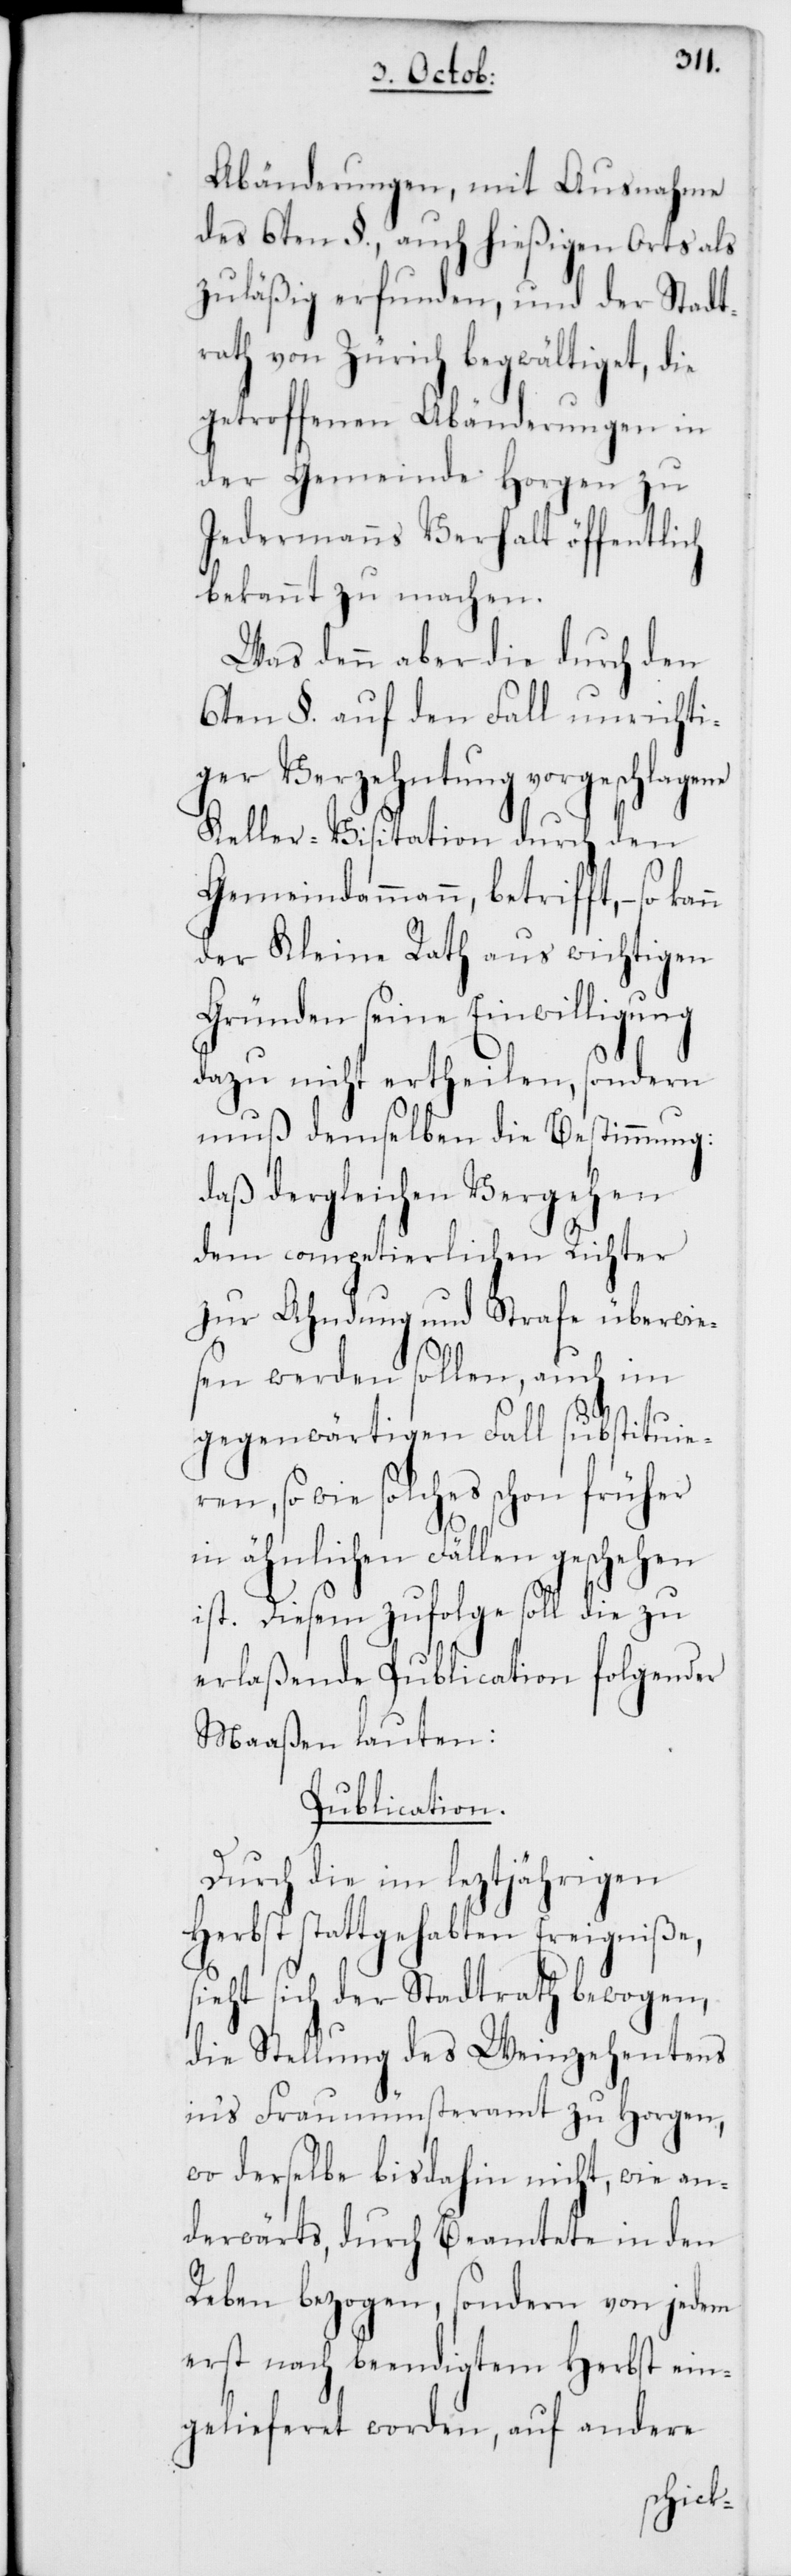
Abänderungen, mit Ausnahme
des 6ten §., auch hießigen Orts als
zuläßig erfunden, und der Stadt¬
rath von Zürich begwältiget, die
getroffenen Abänderungen in
der Gemeinde Horgen zu
Jedermanns Verhalt öffentlich
bekannt zu machen.
Was denn aber die durch den
6ten §. auf den Fall unrichti¬
ger Verzehntung vorgeschlagene
Keller-Visitation durch den
Gemeindammann, betrifft, – so
der Kleine Rath aus wichtigen
Gründen seine Einwilligung
dazu nicht ertheilen, sondern
muß demselben die Bestimmung,
daß dergleichen Vergehen
dem competierlichen Richter
zur Ahndung und Strafe überwie¬
sen werden sollen, auch im
gegenwärtigen Fall substituier¬
en, so wie solches schon früher
in ähnlichen Fällen geschehen
ist. Diesem zufolge soll die zu
erlaßende Publication folgender
Maaßen lauten:
Publication.
Durch die im leztjährigen
Herbst stattgehabten Ereigniße,
sieht sich der Stadtrath bewogen,
die Stellung des Weinzehentens
in’s Fraumünsteramt zu Horgen,
wo derselbe bis dahin nicht, wie an¬
derwärts, durch Beamtete in den
Reben bezogen, sondern von jedem
erst nach beendigtem Herbst ein¬
gelieferet worden, auf andere